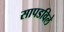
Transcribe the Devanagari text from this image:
सापडविले